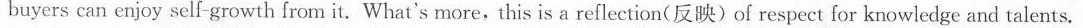
buyers can enjoy self-growth from it. What's more,this is a reflection(反映)of respect for knowledge and talents.